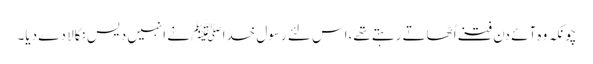
چونکہ وہ آئے دن فتنے اُٹھاتے رہتے تھے،اس لئے رسول خدا ﷺ نے انہیں دیس نکالا دے دیا۔